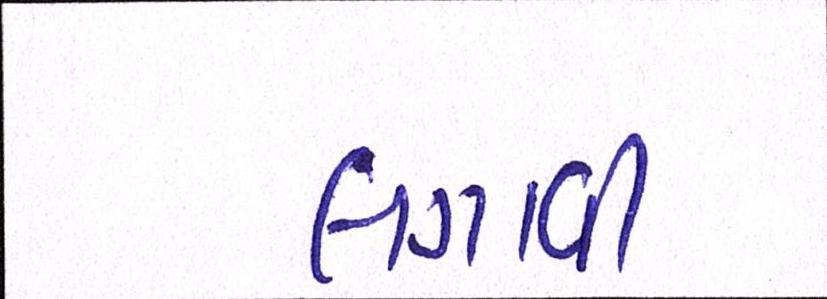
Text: લગાવી